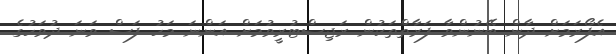
އެފޯރަމަށް ދާން ބޭނުންވާ ފަރާތްތަކުން ރަޖިސްޓުރީވުމަށް އަންނަ މަހު ފަސް ވަނަ ދުވަހުގެ